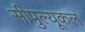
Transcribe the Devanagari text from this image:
सीपुल्यूकल